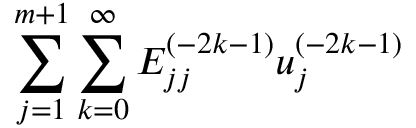
{ \sum _ { j = 1 } ^ { m + 1 } \sum _ { k = 0 } ^ { \infty } E _ { j j } ^ { ( - 2 k - 1 ) } u _ { j } ^ { ( - 2 k - 1 ) } }